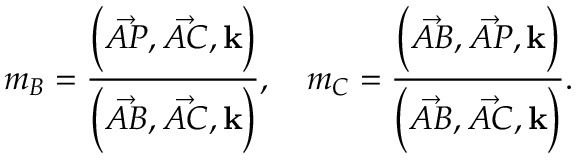
m _ { B } = { \frac { { \Bigl ( } { \vec { A P } } , { \vec { A C } } , \mathbf { k } { \Bigr ) } } { { \Bigl ( } { \vec { A B } } , { \vec { A C } } , \mathbf { k } { \Bigr ) } } } , \quad m _ { C } = { \frac { { \Bigl ( } { \vec { A B } } , { \vec { A P } } , \mathbf { k } { \Bigr ) } } { { \Bigl ( } { \vec { A B } } , { \vec { A C } } , \mathbf { k } { \Bigr ) } } } .